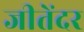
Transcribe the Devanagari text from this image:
जीतेंदर